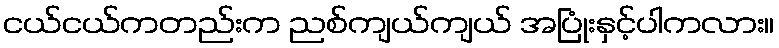
ငယ်ငယ်ကတည်းက ညစ်ကျယ်ကျယ် အပြုံးနှင့်ပါကလား။